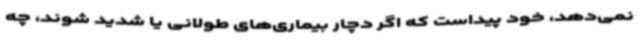
نمی‌دهد، خود پیداست که اگر دچار بیماری‌های طولانی یا شدید شوند، چه